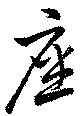
座